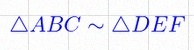
\triangle ABC\sim\triangle DEF